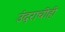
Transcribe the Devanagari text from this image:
उंदराचीही